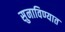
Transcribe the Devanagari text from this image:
सुनाविण्यात